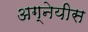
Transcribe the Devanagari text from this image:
अग्नेयीस